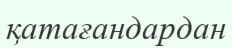
қатағандардан